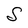
Character: S